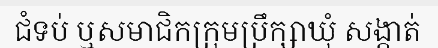
ជំទប់ ឬសមាជិកក្រុមប្រឹក្សាឃុំ សង្កាត់